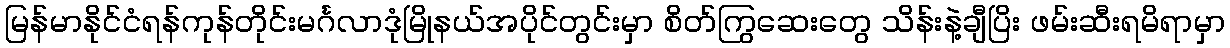
မြန်မာနိုင်ငံရန်ကုန်တိုင်းမင်္ဂလာဒုံမြိုနယ်အပိုင်တွင်းမှာ စိတ်ကြွဆေးတွေ သိန်းနဲ့ချီပြိး ဖမ်းဆီးရမိရာမှာ